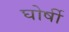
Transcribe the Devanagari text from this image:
घोर्षी